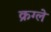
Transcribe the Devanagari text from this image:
क्रग्ले